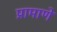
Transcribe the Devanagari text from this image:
प्रामाणे